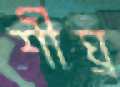
শীঘ্র